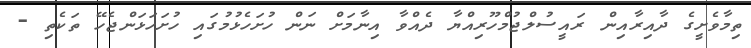
ތިމާވެށީގެ ދާއިރާއިން ރައީސުލްޖުމްހޫރިއްޔާ ދެއްވާ އިނާމަށް ނަން ހުށަހެޅުމުގައި ހުށަހަޅަންޖެހޭ ތަކެތި -